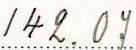
142.07